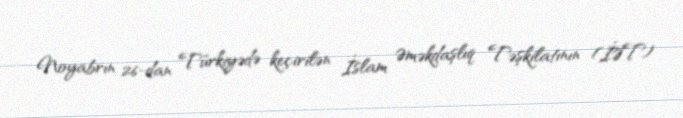
Noyabrın 26-dan Türkiyədə keçirilən İslam Əməkdaşlıq Təşkilatının (İƏT)